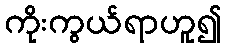
ကိုးကွယ်ရာဟူ၍